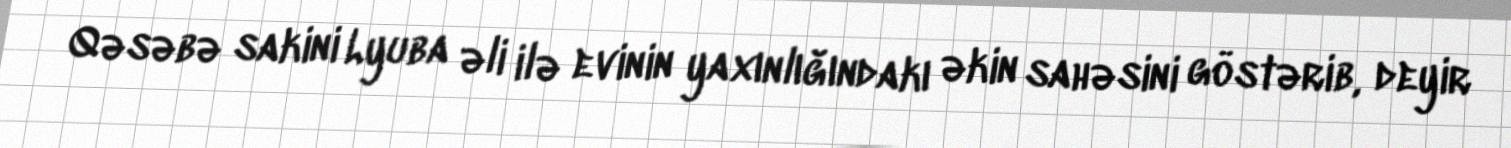
Qəsəbə sakini Lyuba əli ilə evinin yaxınlığındakı əkin sahəsini göstərib, deyir